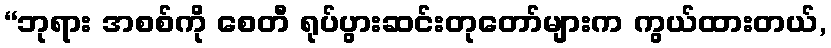
“ဘုရား အစစ်ကို စေတီ ရုပ်ပွားဆင်းတုတော်များက ကွယ်ထားတယ်,